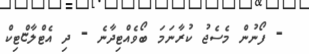
- ފޯނުން މެސެޖު ކުރާނަމަ ބޯވެއްޓިދާނެ - ދި އެޓްލާޏްޓިކް